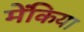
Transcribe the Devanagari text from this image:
मेंकिया